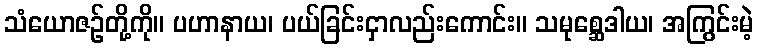
သံယောဇဉ်တို့ကို။ ပဟာနာယ၊ ပယ်ခြင်းငှာလည်းကောင်း။ သမုစ္ဆေဒါယ၊ အကြွင်းမဲ့